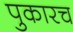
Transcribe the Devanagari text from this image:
पुकारच